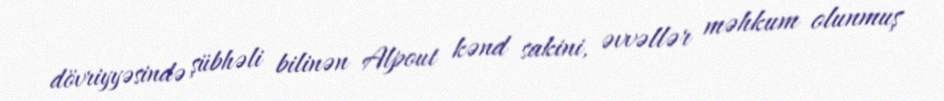
dövriyyəsində şübhəli bilinən Alpout kənd sakini, əvvəllər məhkum olunmuş